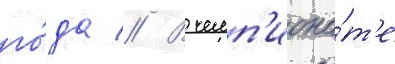
го́да // В чемп'иона́т'е